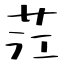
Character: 茳